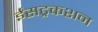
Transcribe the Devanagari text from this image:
ईंसट्रकशन